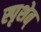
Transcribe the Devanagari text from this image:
स्पृशेत्